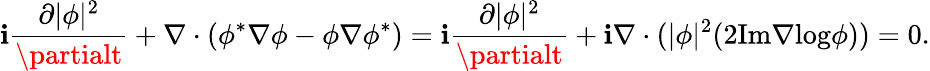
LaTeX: \mathbf{i}\frac{{\partial|\phi|^{2}}}{{\partialt}}+\nabla\cdot(\phi^{*}\nabla\phi-\phi\nabla\phi^{*})=\mathbf{i}\frac{{\partial|\phi|^{2}}}{{\partialt}}+\mathbf{i}\nabla\cdot(|\phi|^{2}(2\mathrm{{Im}}\nabla\mathrm{{log}}\phi))=0.